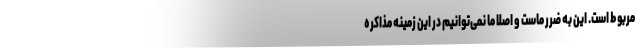
مربوط است. این به ضرر ماست و اصلاً ما نمی‌توانیم در این زمینه مذاکره